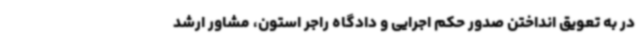
در به تعویق انداختن صدور حکم اجرایی و دادگاه راجر استون، مشاور ارشد